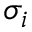
\sigma _ { i }